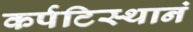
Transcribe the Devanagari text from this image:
कर्पटिस्थानं